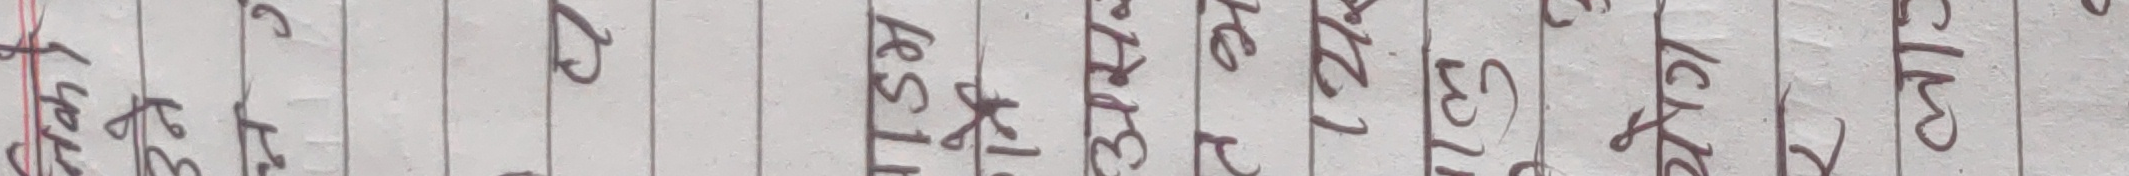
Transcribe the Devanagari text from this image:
के
१ क
२ ख
३ ग
४ घ
५ ङ
६ च
७ छ
८ ज
९ झ
१० ञ